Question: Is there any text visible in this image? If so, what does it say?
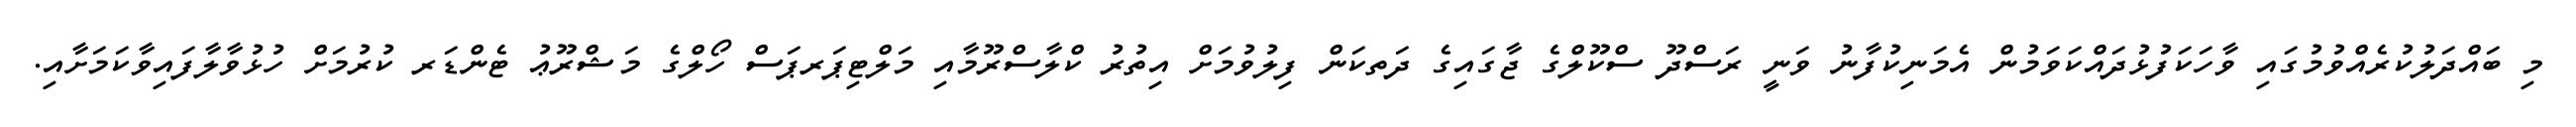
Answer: މި ބައްދަލުކުރެއްވުމުގައި ވާހަކަފުޅުދައްކަވަމުން އެމަނިކުފާނު ވަނީ ރަސްދޫ ސްކޫލްގެ ޖާގައިގެ ދަތކަން ފިލުވުމަށް އިތުރު ކްލާސްރޫމާއި މަލްޓިޕަރޕަސް ހޯލްގެ މަޝްރޫޢު ޓެންޑަރ ކުރުމަށް ހުޅުވާލާފައިވާކަމަށާއި.